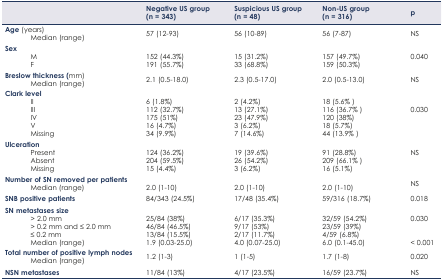
<table><thead><tr><td></td><td><b>Negative US group (n = 343)</b></td><td><b>Suspicious US group (n = 48)</b></td><td><b>Non-US group (n = 316)</b></td><td><b>p</b></td></tr></thead><tbody><tr><td><b>Age</b> (years)</td><td rowspan="2">57 (12–93)</td><td rowspan="2">56 (10–89)</td><td rowspan="2">56 (7–87)</td><td rowspan="2">NS</td></tr><tr><td>Median (range)</td></tr><tr><td><b>Sex</b></td><td></td><td></td><td></td><td></td></tr><tr><td>M</td><td>152 (44.3%)</td><td>15 (31.2%)</td><td>157 (49.7%)</td><td>0.040</td></tr><tr><td>F</td><td>191 (55.7%)</td><td>33 (68.8%)</td><td>159 (50.3%)</td><td></td></tr><tr><td><b>Breslow thickness (</b>mm)</td><td rowspan="2">2.1 (0.5–18.0)</td><td rowspan="2">2.3 (0.5–17.0)</td><td rowspan="2">2.0 (0.5–13.0)</td><td rowspan="2">NS</td></tr><tr><td>Median (range)</td></tr><tr><td><b>Clark level</b></td><td></td><td></td><td></td><td></td></tr><tr><td>II</td><td>6 (1.8%)</td><td>2 (4.2%)</td><td>18 (5.6%)</td><td></td></tr><tr><td>III</td><td>112 (32.7%)</td><td>13 (27.1%)</td><td>116 (36.7%)</td><td>0.030</td></tr><tr><td>IV</td><td>175 (51%)</td><td>23 (47.9%)</td><td>120 (38%)</td><td></td></tr><tr><td>V</td><td>16 (4.7%)</td><td>3 (6.2%)</td><td>18 (5.7%)</td><td></td></tr><tr><td>Missing</td><td>34 (9.9%)</td><td>7 (14.6%)</td><td>44 (13.9%)</td><td></td></tr><tr><td><b>Ulceration</b></td><td></td><td></td><td></td><td></td></tr><tr><td>Present</td><td>124 (36.2%)</td><td>19 (39.6%)</td><td>91 (28.8%)</td><td>NS</td></tr><tr><td>Absent</td><td>204 (59.5%)</td><td>26 (54.2%)</td><td>209 (66.1%)</td><td></td></tr><tr><td>Missing</td><td>15 (4.4%)</td><td>3 (6.2%)</td><td>16 (5.1%)</td><td></td></tr><tr><td><b>Number of SN removed per patients</b></td><td></td><td></td><td></td><td></td></tr><tr><td>Median (range)</td><td>2.0 (1–10)</td><td>2.0 (1–10)</td><td>2.0 (1–10)</td><td>NS</td></tr><tr><td><b>SNB positive patients</b></td><td>84/343 (24.5%)</td><td>17/48 (35.4%)</td><td>59/316 (18.7%)</td><td>0.018</td></tr><tr><td><b>SN metastases size</b></td><td></td><td></td><td></td><td></td></tr><tr><td>&gt; 2.0 mm</td><td>25/84 (38%)</td><td>6/17 (35.3%)</td><td>32/59 (54.2%)</td><td>0.030</td></tr><tr><td>&gt; 0.2 mm and ≤ 2.0 mm</td><td>46/84 (46.5%)</td><td>9/17 (53%)</td><td>23/59 (39%)</td><td></td></tr><tr><td>≤ 0.2 mm</td><td>13/84 (15.5%)</td><td>2/17 (11.7%)</td><td>4/59 (6.8%)</td><td></td></tr><tr><td>Median (range)</td><td>1.9 (0.03–25.0)</td><td>4.0 (0.07–25.0)</td><td>6.0 (0.1–45.0)</td><td>&lt; 0.001</td></tr><tr><td><b>Total number of positive lymph nodes</b></td><td rowspan="2">1.2 (1–3)</td><td rowspan="2">1 (1–5)</td><td rowspan="2">1.7 (1–8)</td><td rowspan="2">0.020</td></tr><tr><td>Median (range)</td></tr><tr><td><b>NSN metastases</b></td><td>11/84 (13%)</td><td>4/17 (23.5%)</td><td>16/59 (23.7%)</td><td>NS</td></tr></tbody></table>